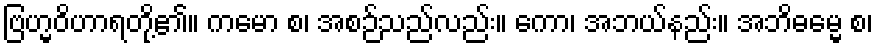
ဗြဟ္မဝိဟာရတို့၏။ ကမော စ၊ အစဉ်သည်လည်း။ ကော၊ အဘယ်နည်း။ အဘိဓမ္မေ စ၊